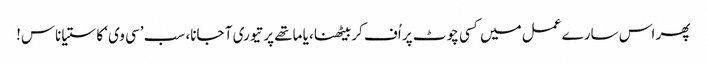
پھر اس سارے عمل میں کسی چوٹ پر اُف کر بیٹھنا، یا ماتھے پر تیوری آ جانا، سب ’سی وی‘ کا ستیاناس!